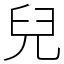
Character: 兒